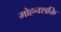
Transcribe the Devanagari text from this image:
मोहनशक्ति